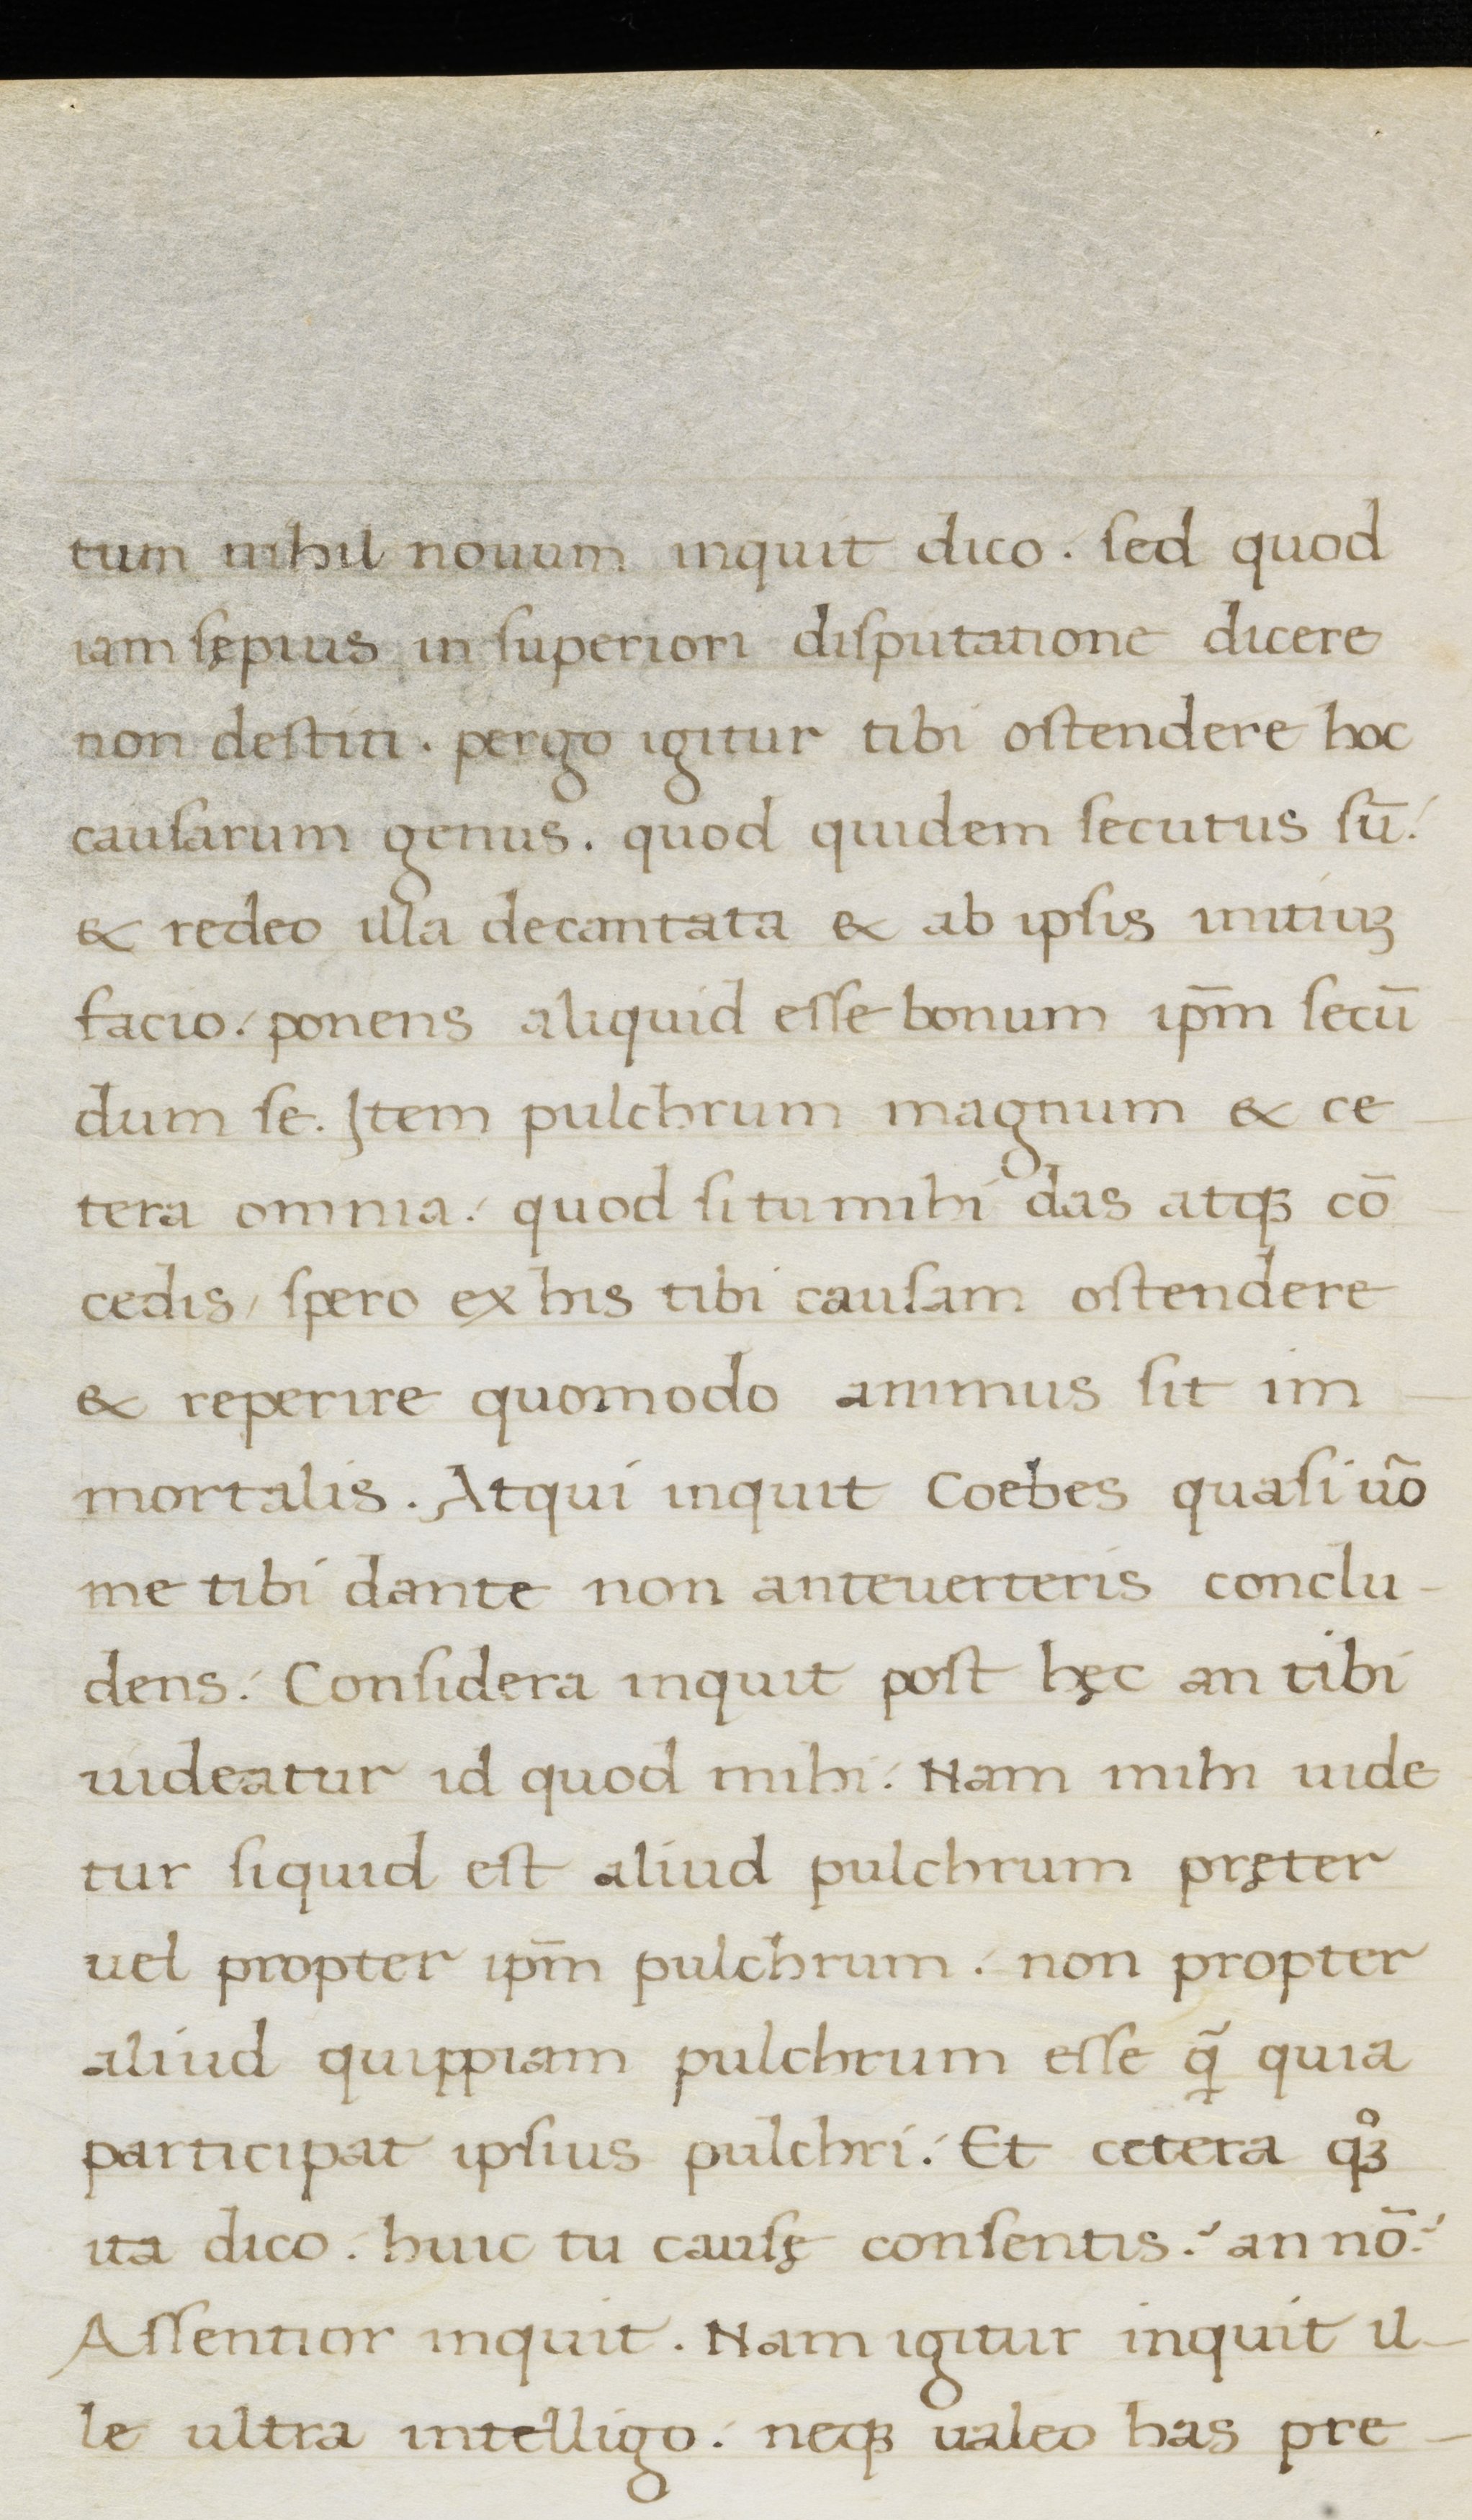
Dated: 1400–1499